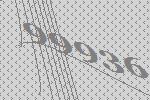
99936